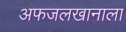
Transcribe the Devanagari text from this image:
अफजलखानाला